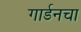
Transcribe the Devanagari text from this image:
गार्डनचा